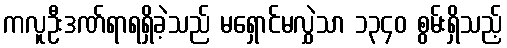
ကလူဦးဒဏ်ရာရရှိခဲ့သည် မရှောင်မလွှဲသာ ၁၃၄၀ စွမ်းရှိသည့်